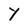
Character: Y